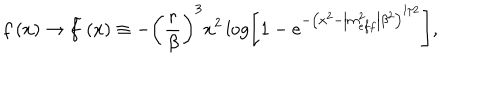
f \left( x \right) \rightarrow \widetilde { f } \left( x \right) \equiv - \left( \frac { r } { \beta } \right) ^ { 3 } x ^ { 2 } \log \left[ 1 - e ^ { - \left( x ^ { 2 } - \left| m _ { e f f } ^ { 2 } \right| \beta ^ { 2 } \right) ^ { 1 / 2 } } \right] ,